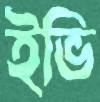
ইভি